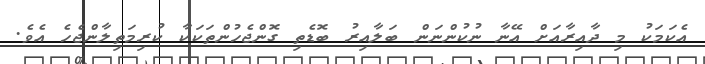
އެކަމަކު މި ދާއިރާއަށް އޭނާ ނުކުންނަން ބަލާއިރު ބޮޑެތި ގޮންޖެހުންތަކަކާ ކުރިމަތިލާންޖެހެ އެވެ.